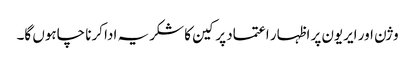
وژن اور ایریون پر اظہار اعتماد پر کین کا شکریہ ادا کرنا چاہوں گا۔